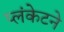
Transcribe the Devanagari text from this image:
प्लंकेटने